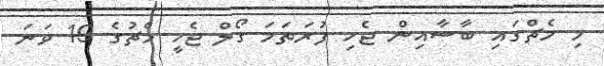
މި މެޗްގައި ބާސާއިން ޖެހި ފުރަތަމަ ގޯލް ޖެހީ މެޗުގެ 19 ވަނަ